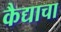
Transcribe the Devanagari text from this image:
कैद्याचा